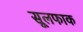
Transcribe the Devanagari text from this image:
सूलफाक